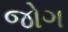
જોગ